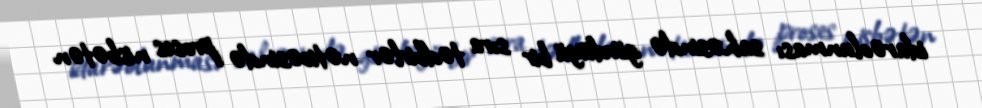
idarəolunması sahəsində gördüyü bir sıra tədbirlər nəticəsində proses nisbətən